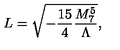
L = \sqrt { - \frac { 1 5 } { 4 } \frac { M _ { 7 } ^ { 5 } } { \Lambda } } ,